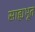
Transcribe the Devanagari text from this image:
साह्यभूत